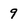
Character: 9